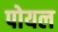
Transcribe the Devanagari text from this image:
पोयल